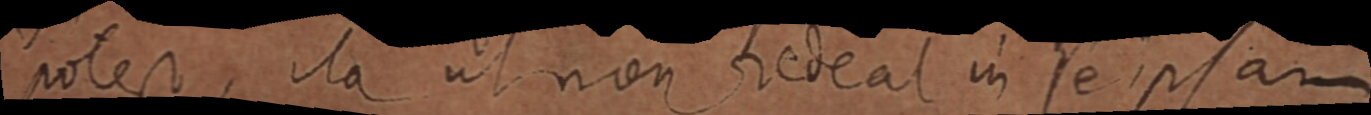
potest, ita ut non redeat in se ipsam